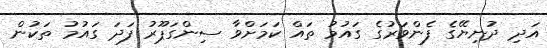
އަދި ދުނިޔޭގެ ފެންވަރުގެ ގައުމު ތައް ކަމަށްވާ ސިންގަޕޫރު ފަދަ ގައުމު ތަކުން